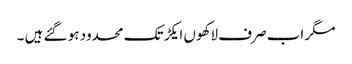
مگر اب صرف لاکھوں ایکڑ تک محدود ہو گئے ہیں ۔